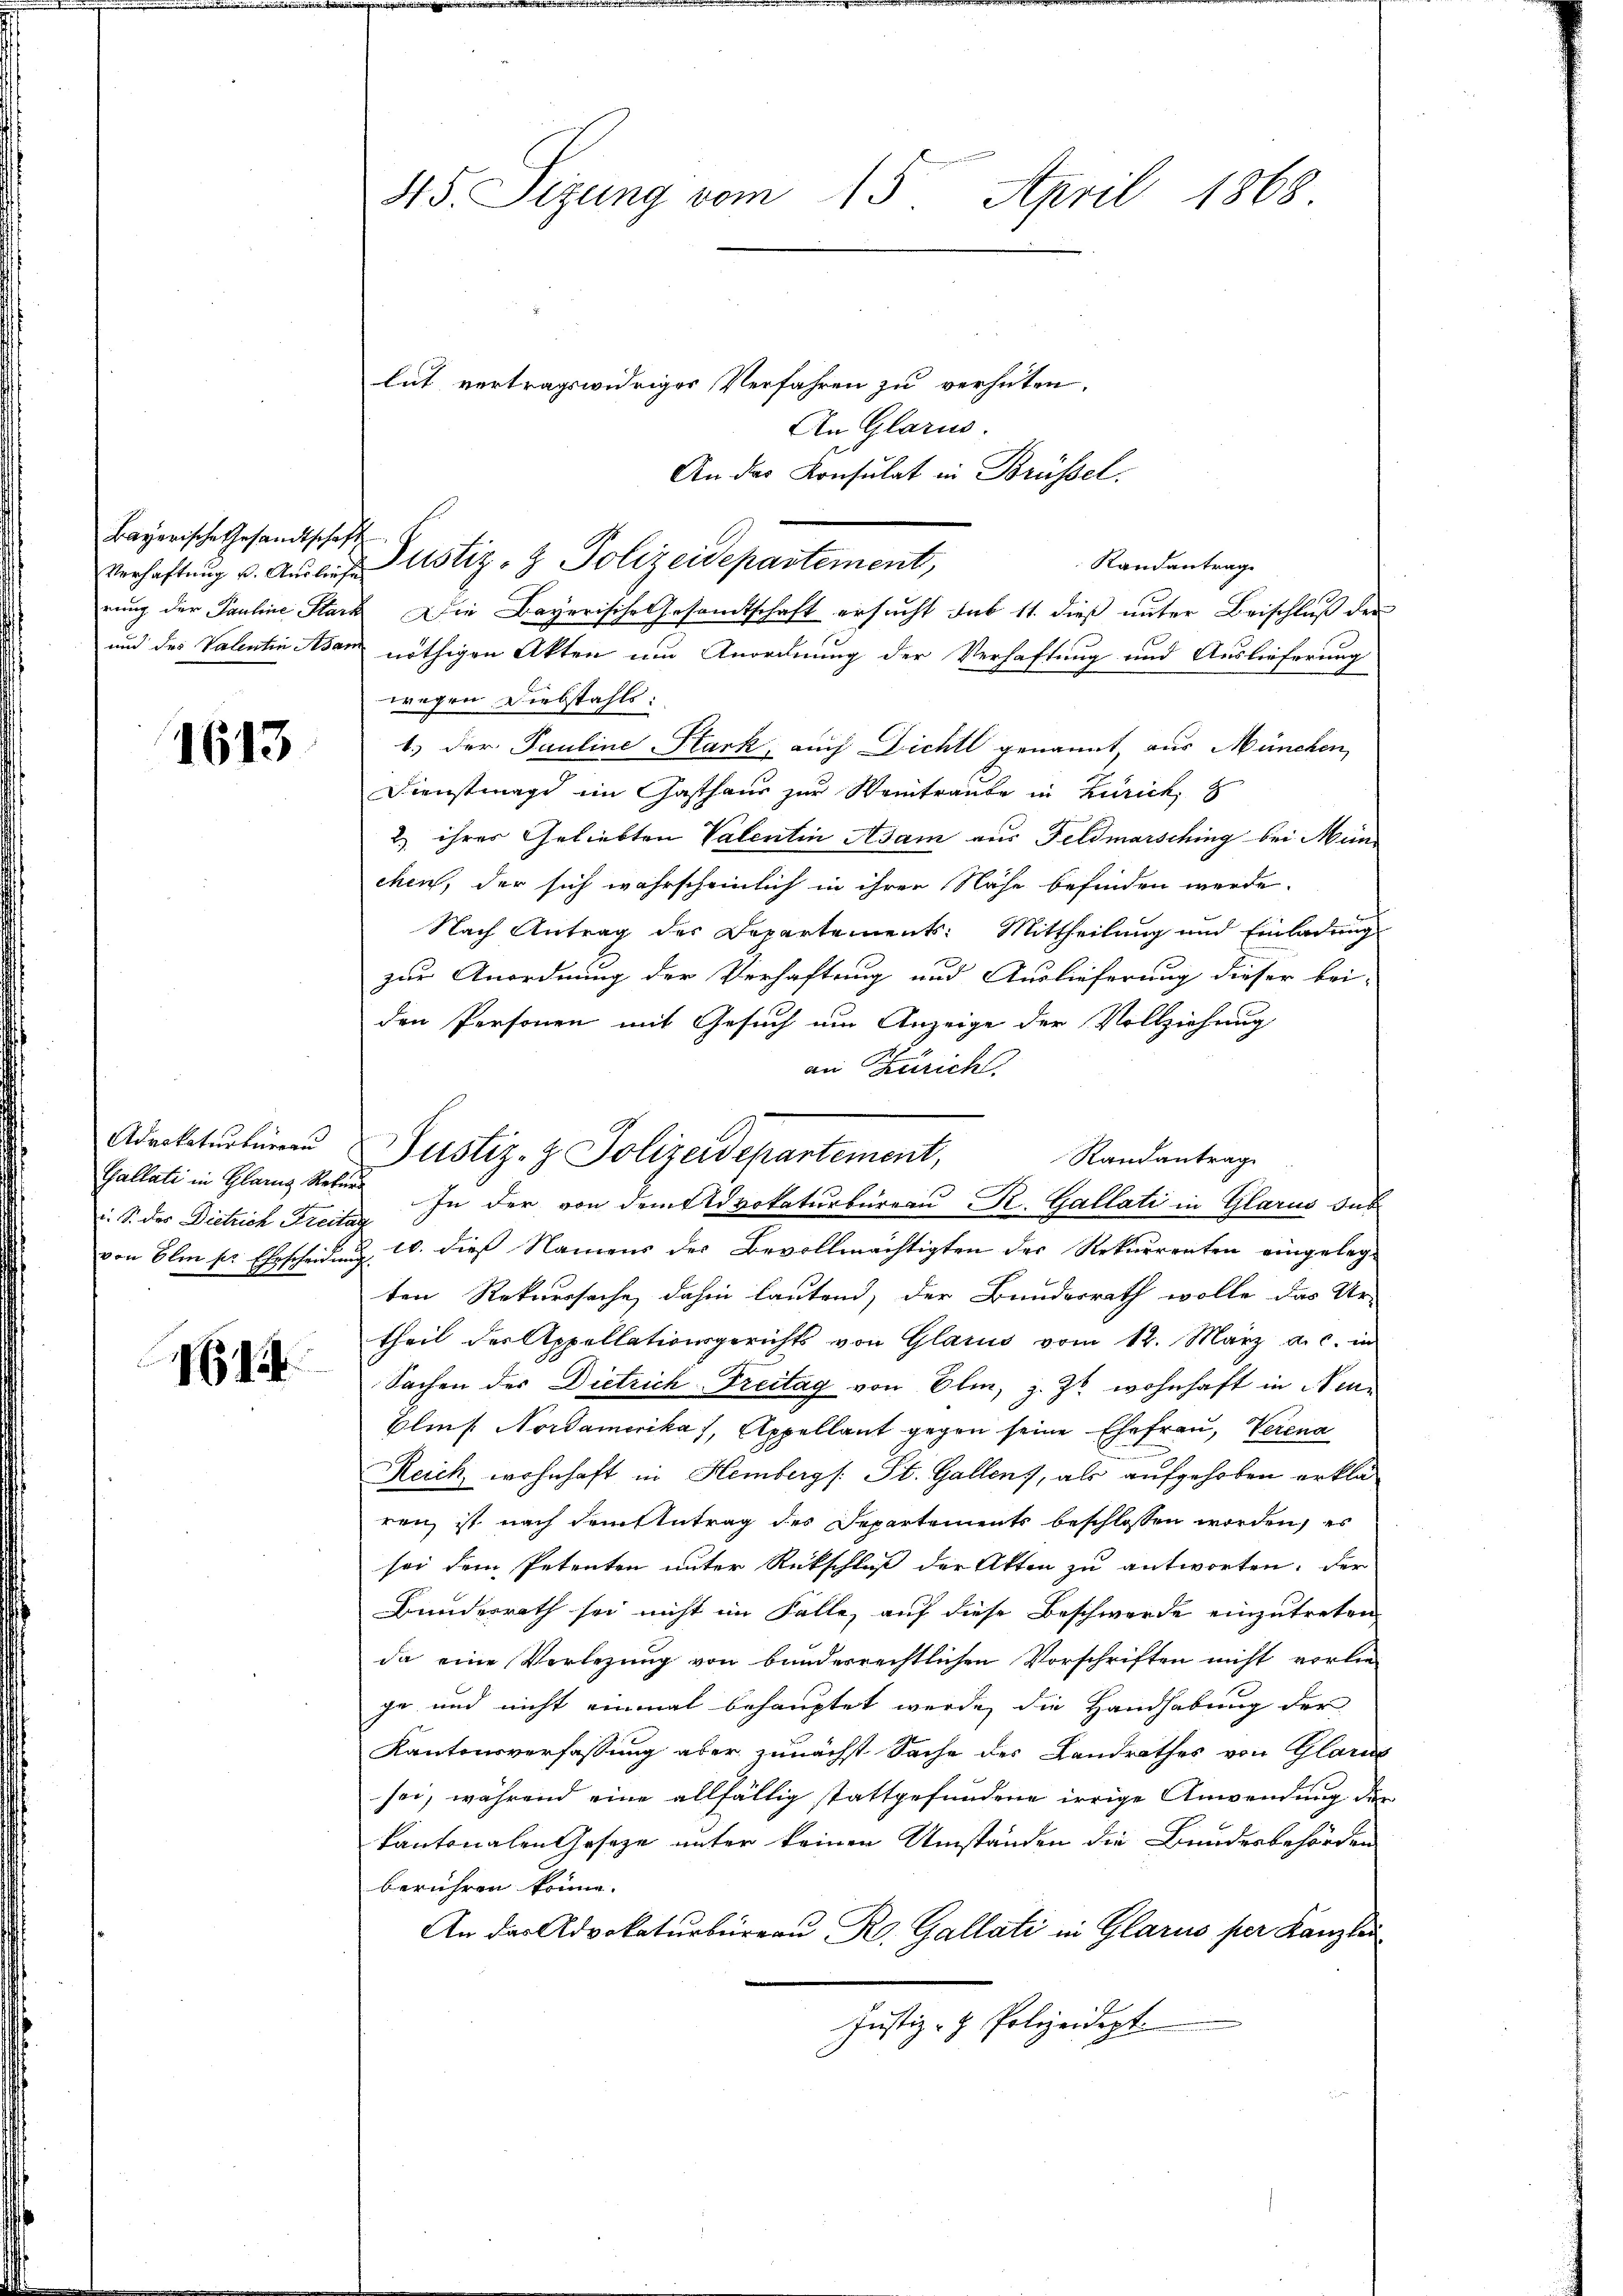
Bayerische Gesandtschaft
Verhaftung u. Ausliefe
rung der Pauline Para
und des Valentin Asan

1613

Advokaturbuerau
Gallati in Glanz Rekur
.S. Der Dietrich Freita
von Elm pr. Ehescheidung

1614

45. Sizung vom 15. April 1868

lut vertragswidriger Verfahren zu verhüten.
An Glarus.
An das Konsulat in Brüssel.
Die Bayerische Gesandtschaft ersucht sub 11. dieß unter Beischluß der
nöthigen Akten um Anordnung der Verhaftung und Auslieferung
wegen Diebstahls:
b.) der Pauline Park, auch Dichtl genannt, aus München,
Dienstmagd im Gasthaus zur Weintraute in Zürick, z
2.) ihres Geliebten Valentin Adam aus Feldmarsching bei München, der sich wahrscheinlich in ihren Nähe befinden werde.
Nach Antrag des Departements: Mittheilung und Einladung
zur Anordnung der Verhaftung und Auslieferung dieser bei-
den Personen mit Gesuch um Anzeige der Vollziehung
an Zürich.
Randantrag

In der von dem Advokaturbureau R. Gallati in Glarus das
& 10. dieß Namens der Bevollmächtigten der Rekurrenten eingeleg-
ten Rekurssache dahin lautend, der Bundesrath wolle das Ur-
theil der Appellationsgerichts von Glarus vom 12. März a. c. in
Sachen der Dietrich-Freitag von Olm, z. Zt. wohnhaft in Neu¬
Blins Nordamerika), Appellant gegen seine Ehefrau, Verena
Reich wohnhaft in Hemberg (: St. Gallen, als aufgehoben erklären ist nach dem Antrag der Departements beschlossen worden, es
sei dem Petenten unter Rückschluß der Akten zu antworten. Der
Banderrath sei nicht im Falle, auf diese Beschwerde einzutreten
da eine Verlegung von bundesrechtlichen Vorschriften nicht vorlie-
ge und nicht einmal behauptet werde, die Handhabung der
Kantonsverfassung aber zunächst Sache der Landrathes von Glarus
sei, während eine allfällig stattgefundene irrige Anwendung der
kantonalen Geseze unter keinen Umständen die Bundesbehörden
berühren könne.
An das Advokaturbüreau R. Gallati in Glarus per Kanzlei
Justiz- & Polizeidept.

Justiz- & Polizeidepartement,

Justiz- & Polizeidepartement,

Randantrage